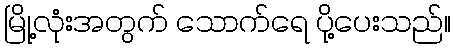
မြို့လုံးအတွက် သောက်ရေ ပို့ပေးသည်။